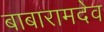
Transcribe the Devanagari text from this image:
बाबारामदेव